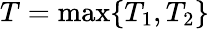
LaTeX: T=\operatorname*{max}\{ T_{1},T_{2}\}